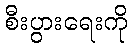
စီးပွားရေးကို